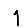
Digit: 1